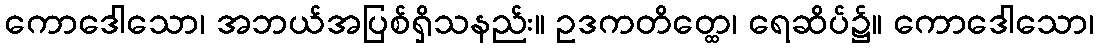
ကောဒေါသော၊ အဘယ်အပြစ်ရှိသနည်း။ ဥဒကတိတ္ထေ၊ ရေဆိပ်၌။ ကောဒေါသော၊